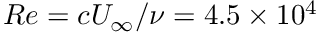
R e = { c U _ { \infty } } / { \nu } = 4 . 5 \times 1 0 ^ { 4 }